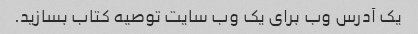
یک آدرس وب برای یک وب سایت توصیه کتاب بسازید.